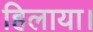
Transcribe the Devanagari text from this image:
हिलाया।